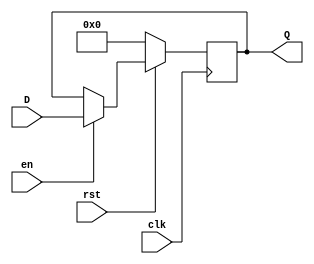
// EECE3324 Computer Architecture
// Hw 6
// Tim Liming

// 32-bit register with asynchronous reset and load-enable. 

`timescale 1ns / 1ns

module reg32(clk, rst, en, D, Q);
  
  input clk;            // clock
  input rst, en;        // reset, enable
  input [31:0] D;       // 32-bit input
  output reg [31:0] Q;  // 32-bit output
  
  always @ (posedge clk)
  begin
    if (!rst)
      Q <= 32'b00000000000000000000000000000000;
    else
      begin
        if (en)
          Q <= D;
      end
  end
  
endmodule